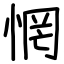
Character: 惘